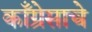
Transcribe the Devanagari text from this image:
काँग्रेसाचे